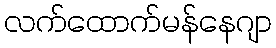
လက်ထောက်မန်နေဂျာ